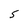
Character: 5